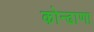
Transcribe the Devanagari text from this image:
कोन्ढाणा